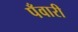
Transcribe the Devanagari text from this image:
पँवारी